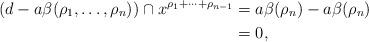
LaTeX: \begin{align*} (d - a\beta(\rho_1, \dots , \rho_n)) \cap x^{\rho_1+ \cdots + \rho_{n-1}} & = a \beta(\rho_n) - a \beta(\rho_n) \\ & = 0, \end{align*}